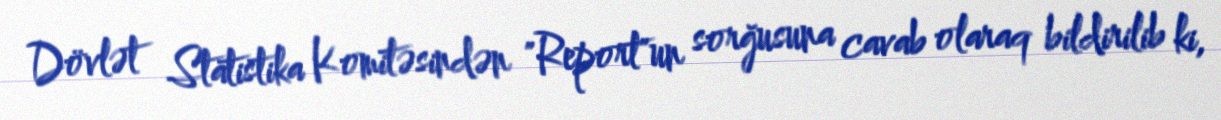
Dövlət Statistika Komitəsindən "Report"un sorğusuna cavab olaraq bildirilib ki,